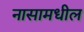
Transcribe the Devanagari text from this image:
नासामधील